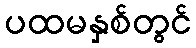
ပထမနှစ်တွင်